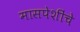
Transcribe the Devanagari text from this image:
मासपेशींचे